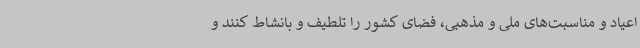
اعیاد و مناسبت‌های ملی و مذهبی، فضای کشور را تلطیف و بانشاط کنند و